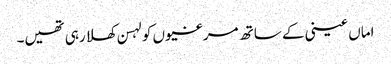
اماں عینی کے ساتھ مرغیوں کو لہسن کھلا رہی تھیں۔